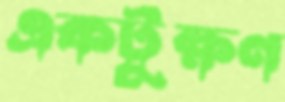
একটুক্ষণ